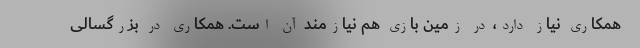
همکاری نیاز دارد، در زمین بازی هم نیازمند آن است. همکاری در بزرگسالی